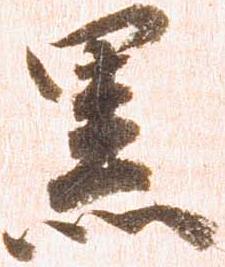
黒